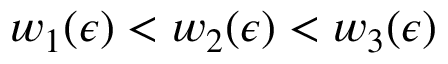
w _ { 1 } ( \epsilon ) < w _ { 2 } ( \epsilon ) < w _ { 3 } ( \epsilon )